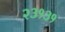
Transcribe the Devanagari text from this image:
२३१३१